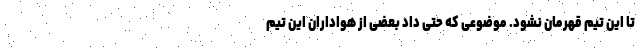
تا این تیم قهرمان نشود. موضوعی که حتی داد بعضی از هواداران این تیم